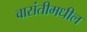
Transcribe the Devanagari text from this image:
वासंतीमधील